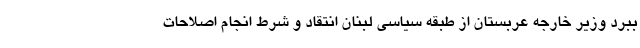
ببرد وزیر خارجه عربستان از طبقه سیاسی لبنان انتقاد و شرط انجام اصلاحات